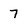
Character: 7